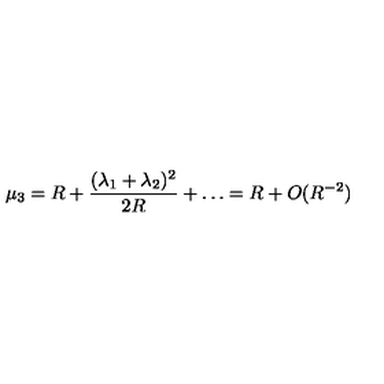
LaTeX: \mu _ { 3 } = R + \frac { ( \lambda _ { 1 } + \lambda _ { 2 } ) ^ { 2 } } { 2 R } + \ldots = R + O ( R ^ { - 2 } )